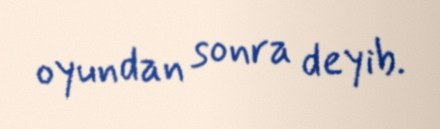
oyundan sonra deyib.